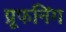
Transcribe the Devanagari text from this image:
प्रूफनिंग